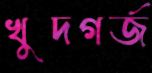
খুদগর্জ